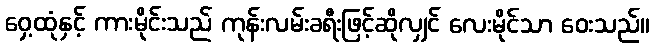
ဝှေ့ထုံနှင့် ကားမိုင်းသည် ကုန်းလမ်းခရီးဖြင့်ဆိုလျှင် လေးမိုင်သာ ဝေးသည်။